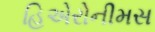
હિએરોનીમસ